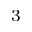
^ 3